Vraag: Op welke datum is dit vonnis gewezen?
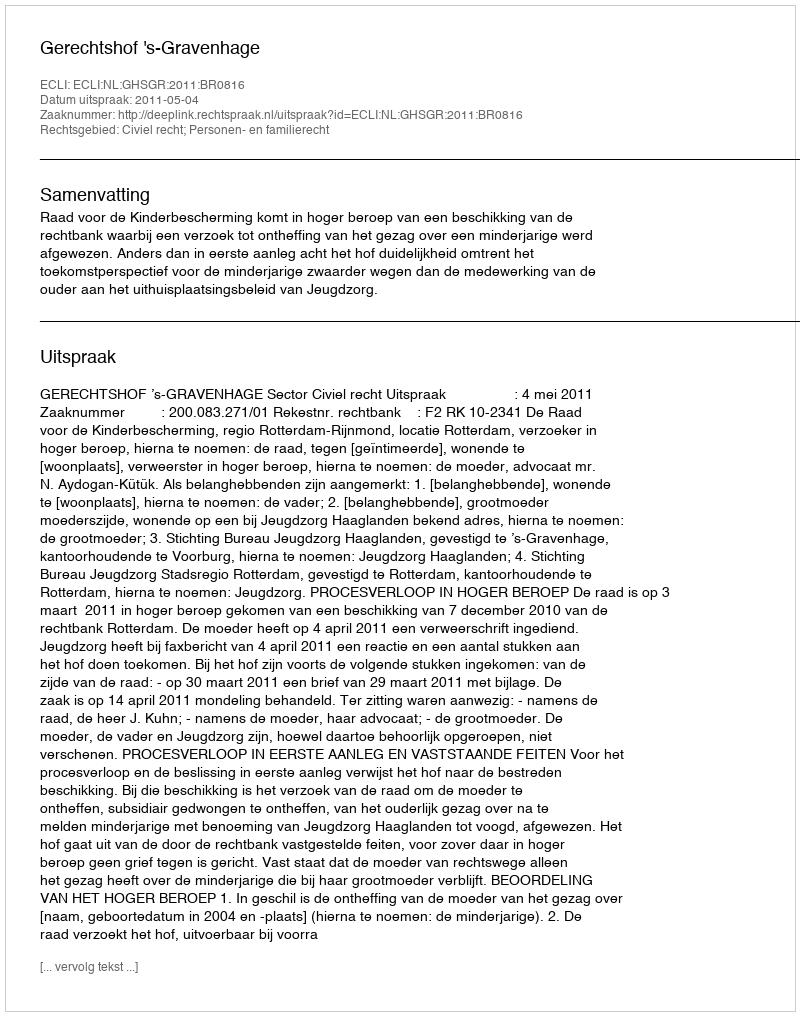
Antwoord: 2011-05-04